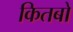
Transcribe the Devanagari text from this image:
कितबो